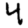
Digit: 4